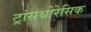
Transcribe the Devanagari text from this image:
ट्रांसथोरेसिक